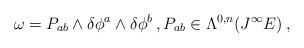
LaTeX: \begin{align*}\omega=P_{ab}\wedge\delta\phi^a\wedge\delta\phi^b\,,P_{ab}\in \Lambda^{0,n}(J^\infty E)\,,\end{align*}